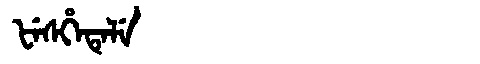
Manchu: ᡶᡝᠰᡥᡝᡨᡝᠯᡝ
Romanization: FESHETELE